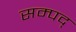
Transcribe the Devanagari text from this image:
सम्पद्